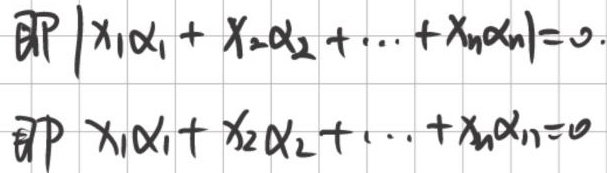
即\(\vert x_1\alpha_1 + x_2\alpha_2 + \cdots + x_n\alpha_n\vert = 0\)。即\(x_1\alpha_1 + x_2\alpha_2 + \cdots + x_n\alpha_n = 0\)